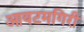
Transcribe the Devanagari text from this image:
आयटमगिरी